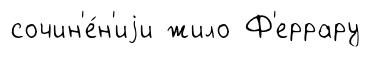
сочин'е́н'иjи жило Ф'еррару